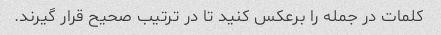
کلمات در جمله را برعکس کنید تا در ترتیب صحیح قرار گیرند.